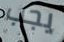
يجب